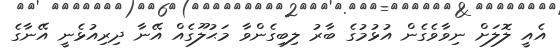
އެއީ ލޮލަށް ނިވާވެގެން އުޅުމުގެ ބާރު ލިބިގެންވާ މަޙުލޫގެއް އޭނާ ދިރިއުޅެނީ އޭނާގެ